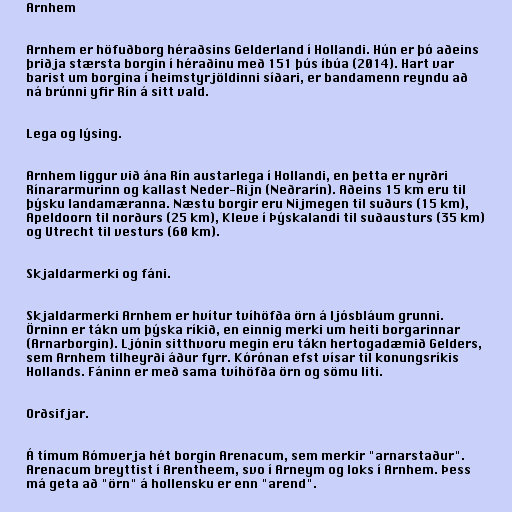
Arnhem

Arnhem er höfuðborg héraðsins Gelderland í Hollandi. Hún er þó aðeins
þriðja stærsta borgin í héraðinu með 151 þús íbúa (2014). Hart var
barist um borgina í heimstyrjöldinni síðari, er bandamenn reyndu að
ná brúnni yfir Rín á sitt vald.

Lega og lýsing.

Arnhem liggur við ána Rín austarlega í Hollandi, en þetta er nyrðri
Rínararmurinn og kallast Neder-Rijn (Neðrarín). Aðeins 15 km eru til
þýsku landamæranna. Næstu borgir eru Nijmegen til suðurs (15 km),
Apeldoorn til norðurs (25 km), Kleve í Þýskalandi til suðausturs (35 km)
og Utrecht til vesturs (60 km).

Skjaldarmerki og fáni.

Skjaldarmerki Arnhem er hvítur tvíhöfða örn á ljósbláum grunni.
Örninn er tákn um þýska ríkið, en einnig merki um heiti borgarinnar
(Arnarborgin). Ljónin sitthvoru megin eru tákn hertogadæmið Gelders,
sem Arnhem tilheyrði áður fyrr. Kórónan efst vísar til konungsríkis
Hollands. Fáninn er með sama tvíhöfða örn og sömu liti.

Orðsifjar.

Á tímum Rómverja hét borgin Arenacum, sem merkir "arnarstaður".
Arenacum breyttist í Arentheem, svo í Arneym og loks í Arnhem. Þess
má geta að "örn" á hollensku er enn "arend".